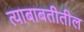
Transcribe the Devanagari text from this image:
त्‍याबाबतीतील